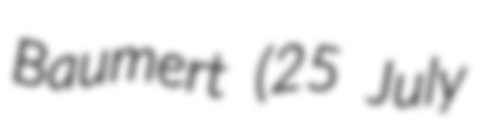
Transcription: Baumert (25 July